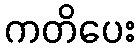
ကတိပေး